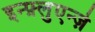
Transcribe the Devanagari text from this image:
इन्फ़्लुएन्ज़े